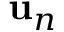
{ \bf u } _ { n }